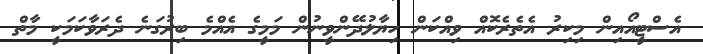
އެސްޓީއޯއިން މިކިރު އެތެރެކޮއް ވިއްކަން ހިޔާލުދޭންވީނުން މަމީގެ އެއްމެ ބިރުގަނެ ދެރަވާކަމަކީ މާތް